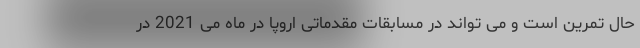
حال تمرین است و می تواند در مسابقات مقدماتی اروپا در ماه می 2021 در